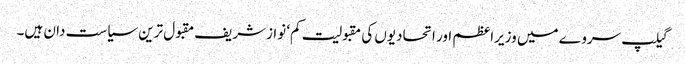
گیلپ سروے میں وزیراعظم اور اتحادیوں کی مقبولیت کم‘ نوازشریف مقبول ترین سیاست دان ہیں۔